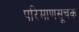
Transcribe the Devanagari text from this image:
परिमाणसूचक